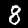
Digit: 8